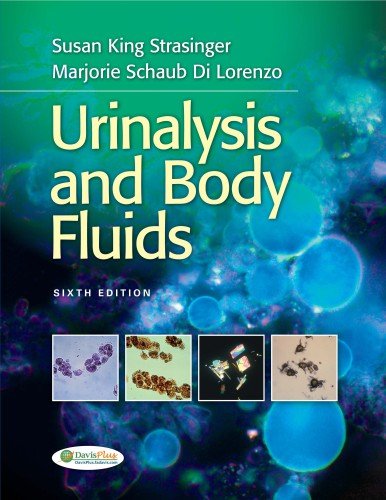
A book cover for Urinalysis and Body Fluids; Susan King Strasinger DA  MLS(ASCP); Medical Books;